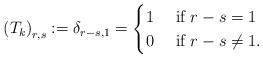
LaTeX: \begin{align*}\left(T_k\right)_{r,s}:= \delta_{r-s,1}=\begin{cases}1 &\mbox{ if } r-s=1\\0 &\mbox{ if }r-s\neq1.\end{cases}\end{align*}